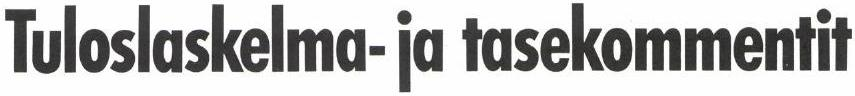
Tuloslaskelma- ja tasekommentit